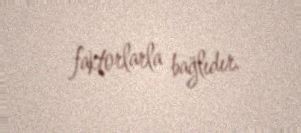
faktorlarla bağlıdır.